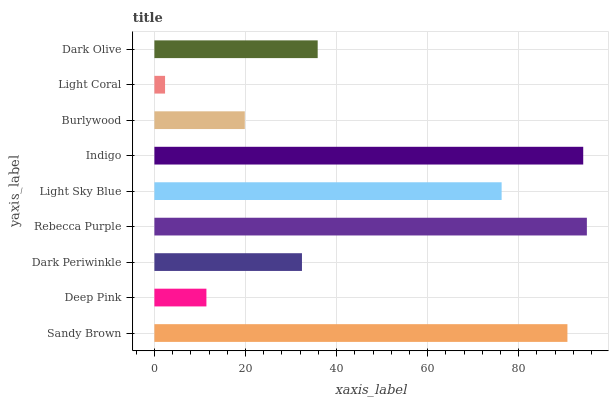
| yaxis_label | bars |
 | --- | --- |
 | Sandy Brown | 90.7 |
 | Deep Pink | 11.4 |
 | Dark Periwinkle | 32.4 |
 | Rebecca Purple | 95 |
 | Light Sky Blue | 76.2 |
 | Indigo | 94.2 |
 | Burlywood | 19.8 |
 | Light Coral | 2.34 |
 | Dark Olive | 35.9 |